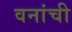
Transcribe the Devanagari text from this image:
वनांची